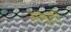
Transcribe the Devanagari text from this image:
सष्ठी